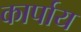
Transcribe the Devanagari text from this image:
कार्पाय